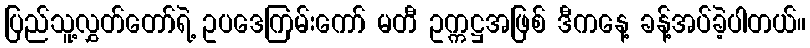
ပြည်သူ့လွှတ်တော်ရဲ့ ဥပဒေကြမ်းကော် မတီ ဥက္ကဋ္ဌအဖြစ် ဒီကနေ့ ခန့်အပ်ခဲ့ပါတယ်။